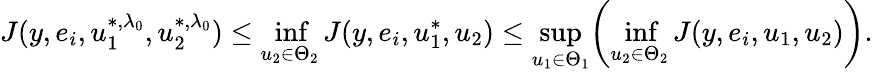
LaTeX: J(y,e_{i},u_{1}^{*,\lambda_{0}},u_{2}^{*,\lambda_{0}})\leq\operatorname*{inf}_{u_{2}\in\Theta_{2}}J(y,e_{i},u_{1}^{*},u_{2})\leq\operatorname*{sup}_{u_{1}\in\Theta_{1}}\biggl(\operatorname*{inf}_{u_{2}\in\Theta_{2}}J(y,e_{i},u_{1},u_{2})\biggr).